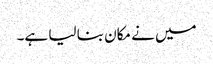
میں نے مکان بنا لیا ہے۔